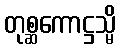
တုစ္ဆကောဋ္ဌသ္မိ